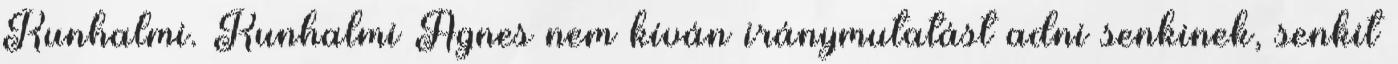
Kunhalmi. Kunhalmi Ágnes nem kíván iránymutatást adni senkinek, senkit